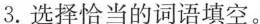
3.选择恰当的词语填空。